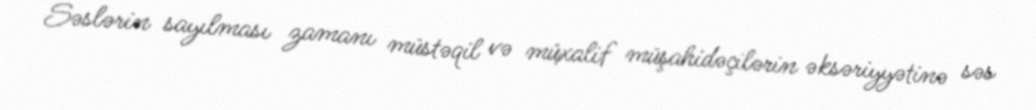
Səslərin sayılması zamanı müstəqil və müxalif müşahidəçilərin əksəriyyətinə səs